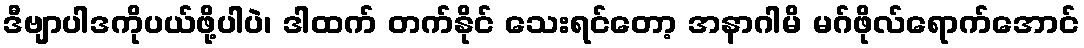
ဒီဗျာပါဒကိုပယ်ဖို့ပါပဲ၊ ဒါထက် တက်နိုင် သေးရင်တော့ အနာဂါမိ မဂ်ဖိုလ်ရောက်အောင်